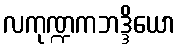
လကုဏ္ဍကဘဒ္ဒိယော